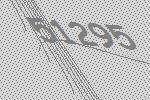
51295